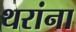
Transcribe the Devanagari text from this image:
थरांना